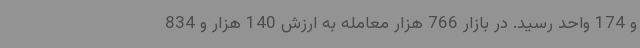
و 174 واحد رسید. در بازار 766 هزار معامله به ارزش 140 هزار و 834